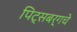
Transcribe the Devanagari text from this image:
पिट्सबर्गचे